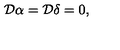
{ \cal D } \alpha = { \cal D } \delta = 0 ,